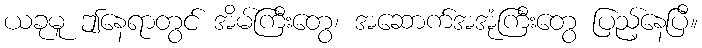
ယခုမူ ဤနေရာတွင် အိမ်ကြီးတွေ၊ အဆောက်အအုံကြီးတွေ ပြည့်နေပြီ။